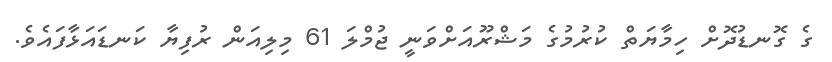
ގެ ގޮނޑުދޮށް ހިމާޔަތް ކުރުމުގެ މަޝްރޫއަށްވަނީ ޖުމްލަ 61 މިލިއަން ރުފިޔާ ކަނޑައަޅާފައެވެ.